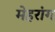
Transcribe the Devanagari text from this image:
मेहरांग